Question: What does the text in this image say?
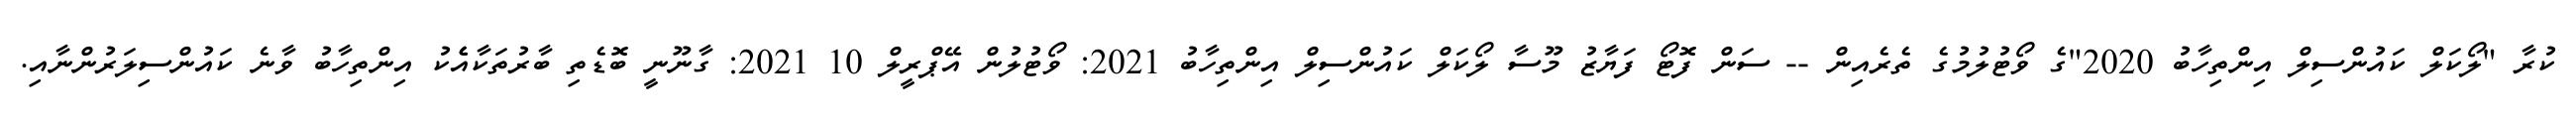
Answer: ކުރާ "ލޯކަލް ކައުންސިލް އިންތިހާބު 2020"ގެ ވޯޓުލުމުގެ ތެރެއިން -- ސަން ފޮޓޯ ފަޔާޒު މޫސާ ލޯކަލް ކައުންސިލް އިންތިހާބު 2021: ވޯޓުލުން އޭޕްރީލް 10 2021: ގާނޫނީ ބޮޑެތި ބާރުތަކާއެެކު އިންތިހާބު ވާނެ ކައުންސިލަރުންނާއި.